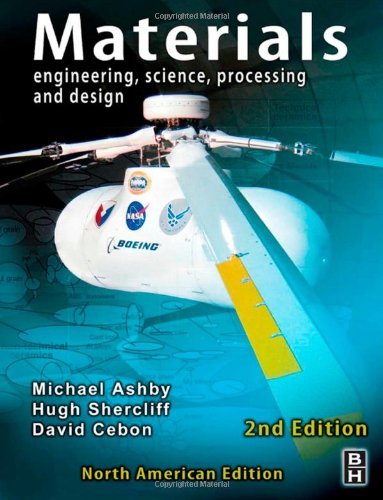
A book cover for Materials North American Edition w/Online Testing: Materials -  North American Edition, Second Edition: engineering, science, processing and design; Michael F. Ashby; Engineering & Transportation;